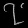
Digit: ၇